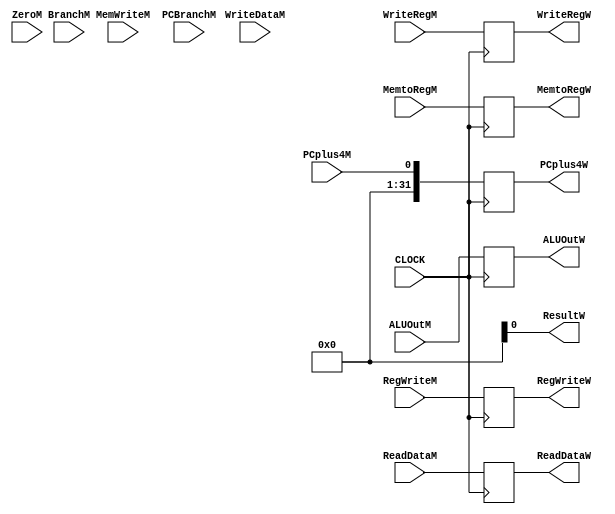
`timescale 100fs/100fs
//this file implements the process of and the register between MEM stage and WB stage
module MEM_WB(CLOCK,PCplus4M,RegWriteM,MemtoRegM,MemWriteM,BranchM,ZeroM,ALUOutM,WriteDataM,PCBranchM,WriteRegM,ReadDataM,
PCplus4W,RegWriteW,MemtoRegW,ALUOutW,ReadDataW,WriteRegW,ResultW);

//define inputs and outputs with corresponding length and type
input CLOCK,PCplus4M,RegWriteM,MemtoRegM,MemWriteM,BranchM,ZeroM,WriteDataM,PCBranchM;
input [4:0] WriteRegM;
input [31:0] ALUOutM,ReadDataM;
output reg RegWriteW,MemtoRegW,ResultW;
output reg [4:0] WriteRegW;
output reg [31:0] ALUOutW,ReadDataW,PCplus4W;

always @(posedge CLOCK)
begin
    RegWriteW    <=    RegWriteM;
    MemtoRegW    <=    MemtoRegM;
    WriteRegW    <=    WriteRegM; 
    ALUOutW      <=    ALUOutM  ;
    ReadDataW    <=    ReadDataM;
    PCplus4W     <=    PCplus4M ;
end

endmodule